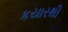
કયારથી